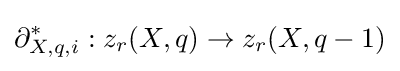
\partial _{X,q,i}^{*}:z_{r}(X,q)\to z_{r}(X,q-1)